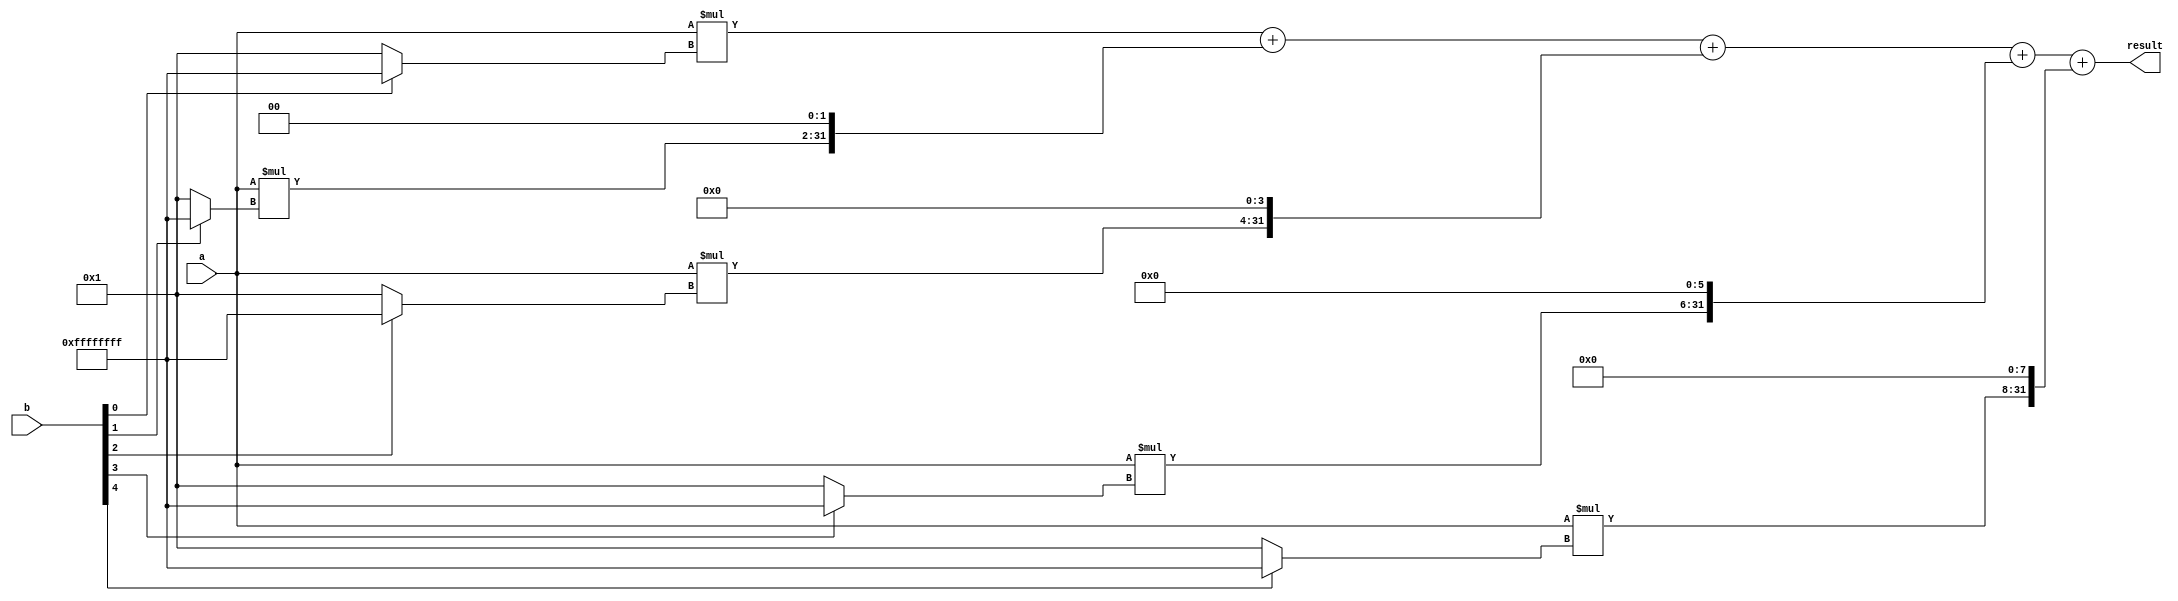
module modified_booth_multiplier(
    input [15:0] a,
    input [15:0] b,
    output reg [31:0] result
);

reg [31:0] partial_products[4:0];

always @(*)
begin
    // Generate partial products using Modified Booth algorithm
    partial_products[0] = {16'b0, a} * (b[0] ? -1 : 1);
    partial_products[1] = {16'b0, a} * (b[1] ? -1 : 1);
    partial_products[2] = {16'b0, a} * (b[2] ? -1 : 1);
    partial_products[3] = {16'b0, a} * (b[3] ? -1 : 1);
    partial_products[4] = {16'b0, a} * (b[4] ? -1 : 1);
    
    // Accumulate partial products to get final result
    result = partial_products[0] + (partial_products[1] << 2) + (partial_products[2] << 4) + (partial_products[3] << 6) + (partial_products[4] << 8);
end

endmodule